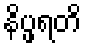
နိပ္ဖရတိ